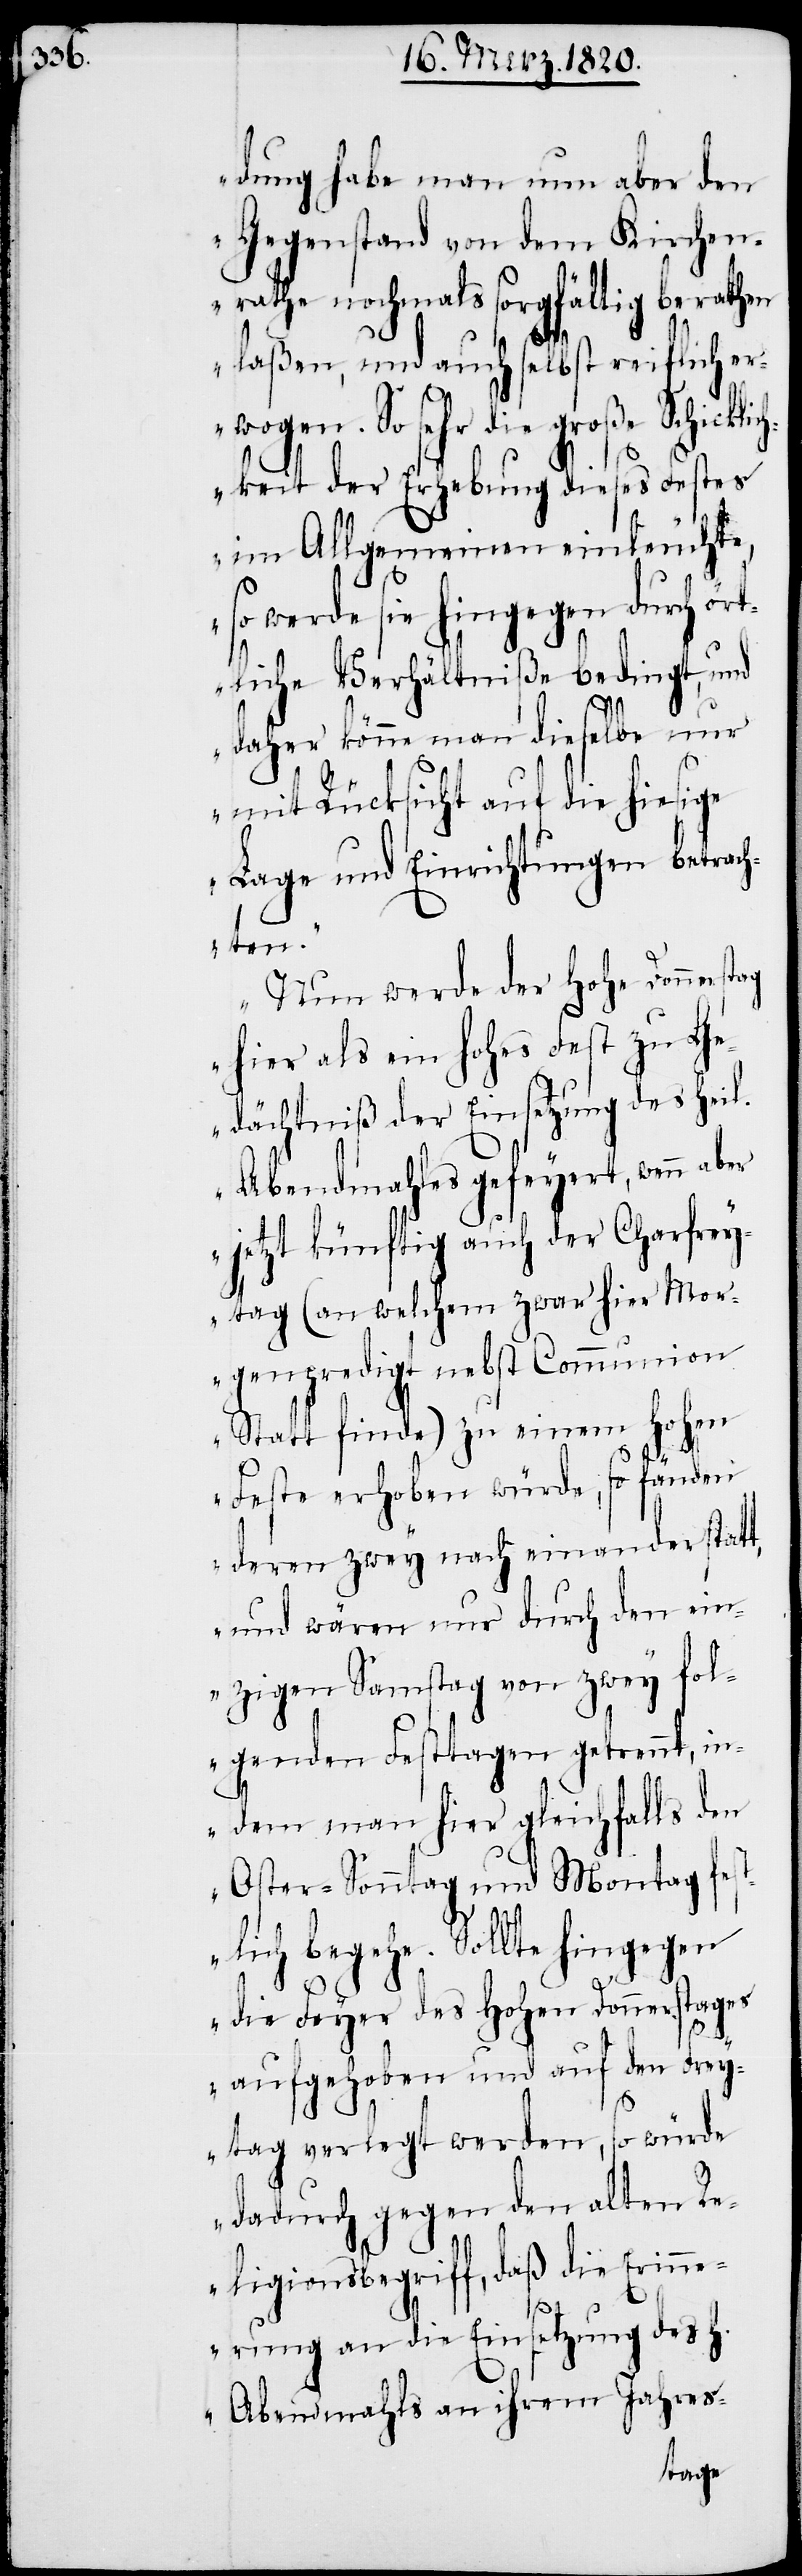
dung habe man nun aber den
Gegenstand von dem Kirchen¬
rathe nochmals sorgfältig berathen
laßen, und auch selbst reiflich er¬
sehr die große Schickl¬
ichkeit der Erhebung dieses Festes
im Allgemeinen einleuchte,
so werde sie hingegen durch ör¬
tliche Verhältniße bedingt, und
daher könne man dieselbe nur
mit Rücksicht auf die hiesige
Lage und Einrichtungen betrac¬
hten.“
„Nun werde der Hohe Donnerstag
hier als ein hohes Fest zu G¬
edächtniß der Einsetzung des heil.
Abendmahles gefeyert, wenn aber
jetzt künftig auch der Charfrey¬
tag (an welchem zwar hier Mor¬
genpredigt nebst Communion
Statt finde) zu einem Hohen
Feste erhoben würde, so fänden
deren zwey nach einander statt,
und wären nur durch den ein¬
zigen Samstag von zwey fol¬
genden Festtagen getrennt, in¬
dem man hier gleichfalls den
Oster-Sonntag und Montag fest¬
lich begehe. Sollte hingegen
die Feyer des Hohen Donnerstages
aufgehoben und auf den Frey¬
tag verlegt werden, so würde
dadurch gegen den alten Re¬
ligionsbegriff, daß die Erinn¬
erung an die Einsetzung des H.
Abendmahls an ihrem Jahres-